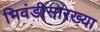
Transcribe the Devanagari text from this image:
भिवंडीसारख्या